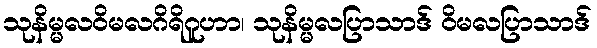
သုနိမ္မလဝိမလဂိရိဂူဟာ၊ သုနိမ္မလပြာသာဒ် ဝိမလပြာသာဒ်